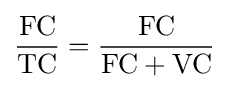
{\frac {\text{FC}}{\text{TC}}}={\frac {\text{FC}}{{\text{FC}}+{\text{VC}}}}